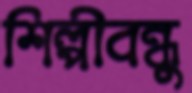
শিল্পীবন্ধু